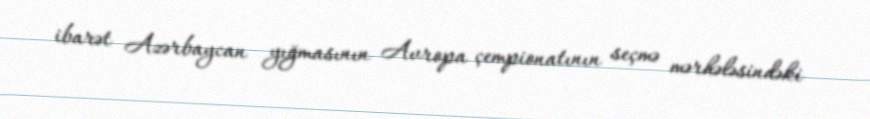
ibarət Azərbaycan yığmasının Avropa çempionatının seçmə mərhələsindəki